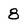
Character: 8